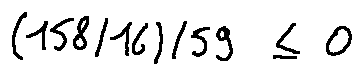
( 1 5 8 / 1 6 ) / 5 9 \leq 0